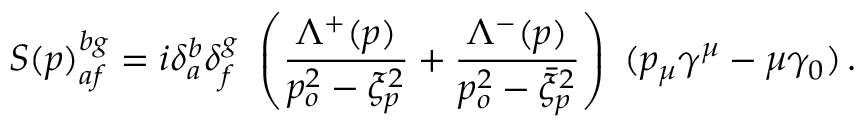
S ( p ) _ { a f } ^ { b g } = i \delta _ { a } ^ { b } \delta _ { f } ^ { g } ~ \left( \frac { \Lambda ^ { + } ( p ) } { p _ { o } ^ { 2 } - \xi _ { p } ^ { 2 } } + \frac { \Lambda ^ { - } ( p ) } { p _ { o } ^ { 2 } - \bar { \xi } _ { p } ^ { 2 } } \right) ~ ( p _ { \mu } \gamma ^ { \mu } - \mu \gamma _ { 0 } ) \, .